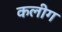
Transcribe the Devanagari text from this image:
कलीग